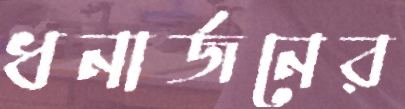
ধনার্জনের